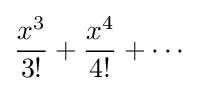
{\frac {x^{3}}{3!}}+{\frac {x^{4}}{4!}}+\cdots